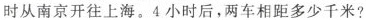
时从南京开往上海。4小时后，两车相距多少千米?